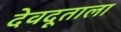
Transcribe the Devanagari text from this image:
देवदूताला